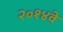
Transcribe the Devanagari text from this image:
२०१४वे